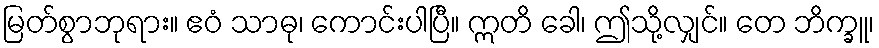
မြတ်စွာဘုရား။ ဧဝံ သာဓု၊ ကောင်းပါပြီ။ ဣတိ ခေါ၊ ဤသို့လျှင်။ တေ ဘိက္ခူ၊